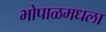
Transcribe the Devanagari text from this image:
भोपाळमधला